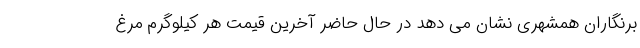
برنگاران همشهری نشان می دهد در حال حاضر آخرین قیمت هر کیلوگرم مرغ